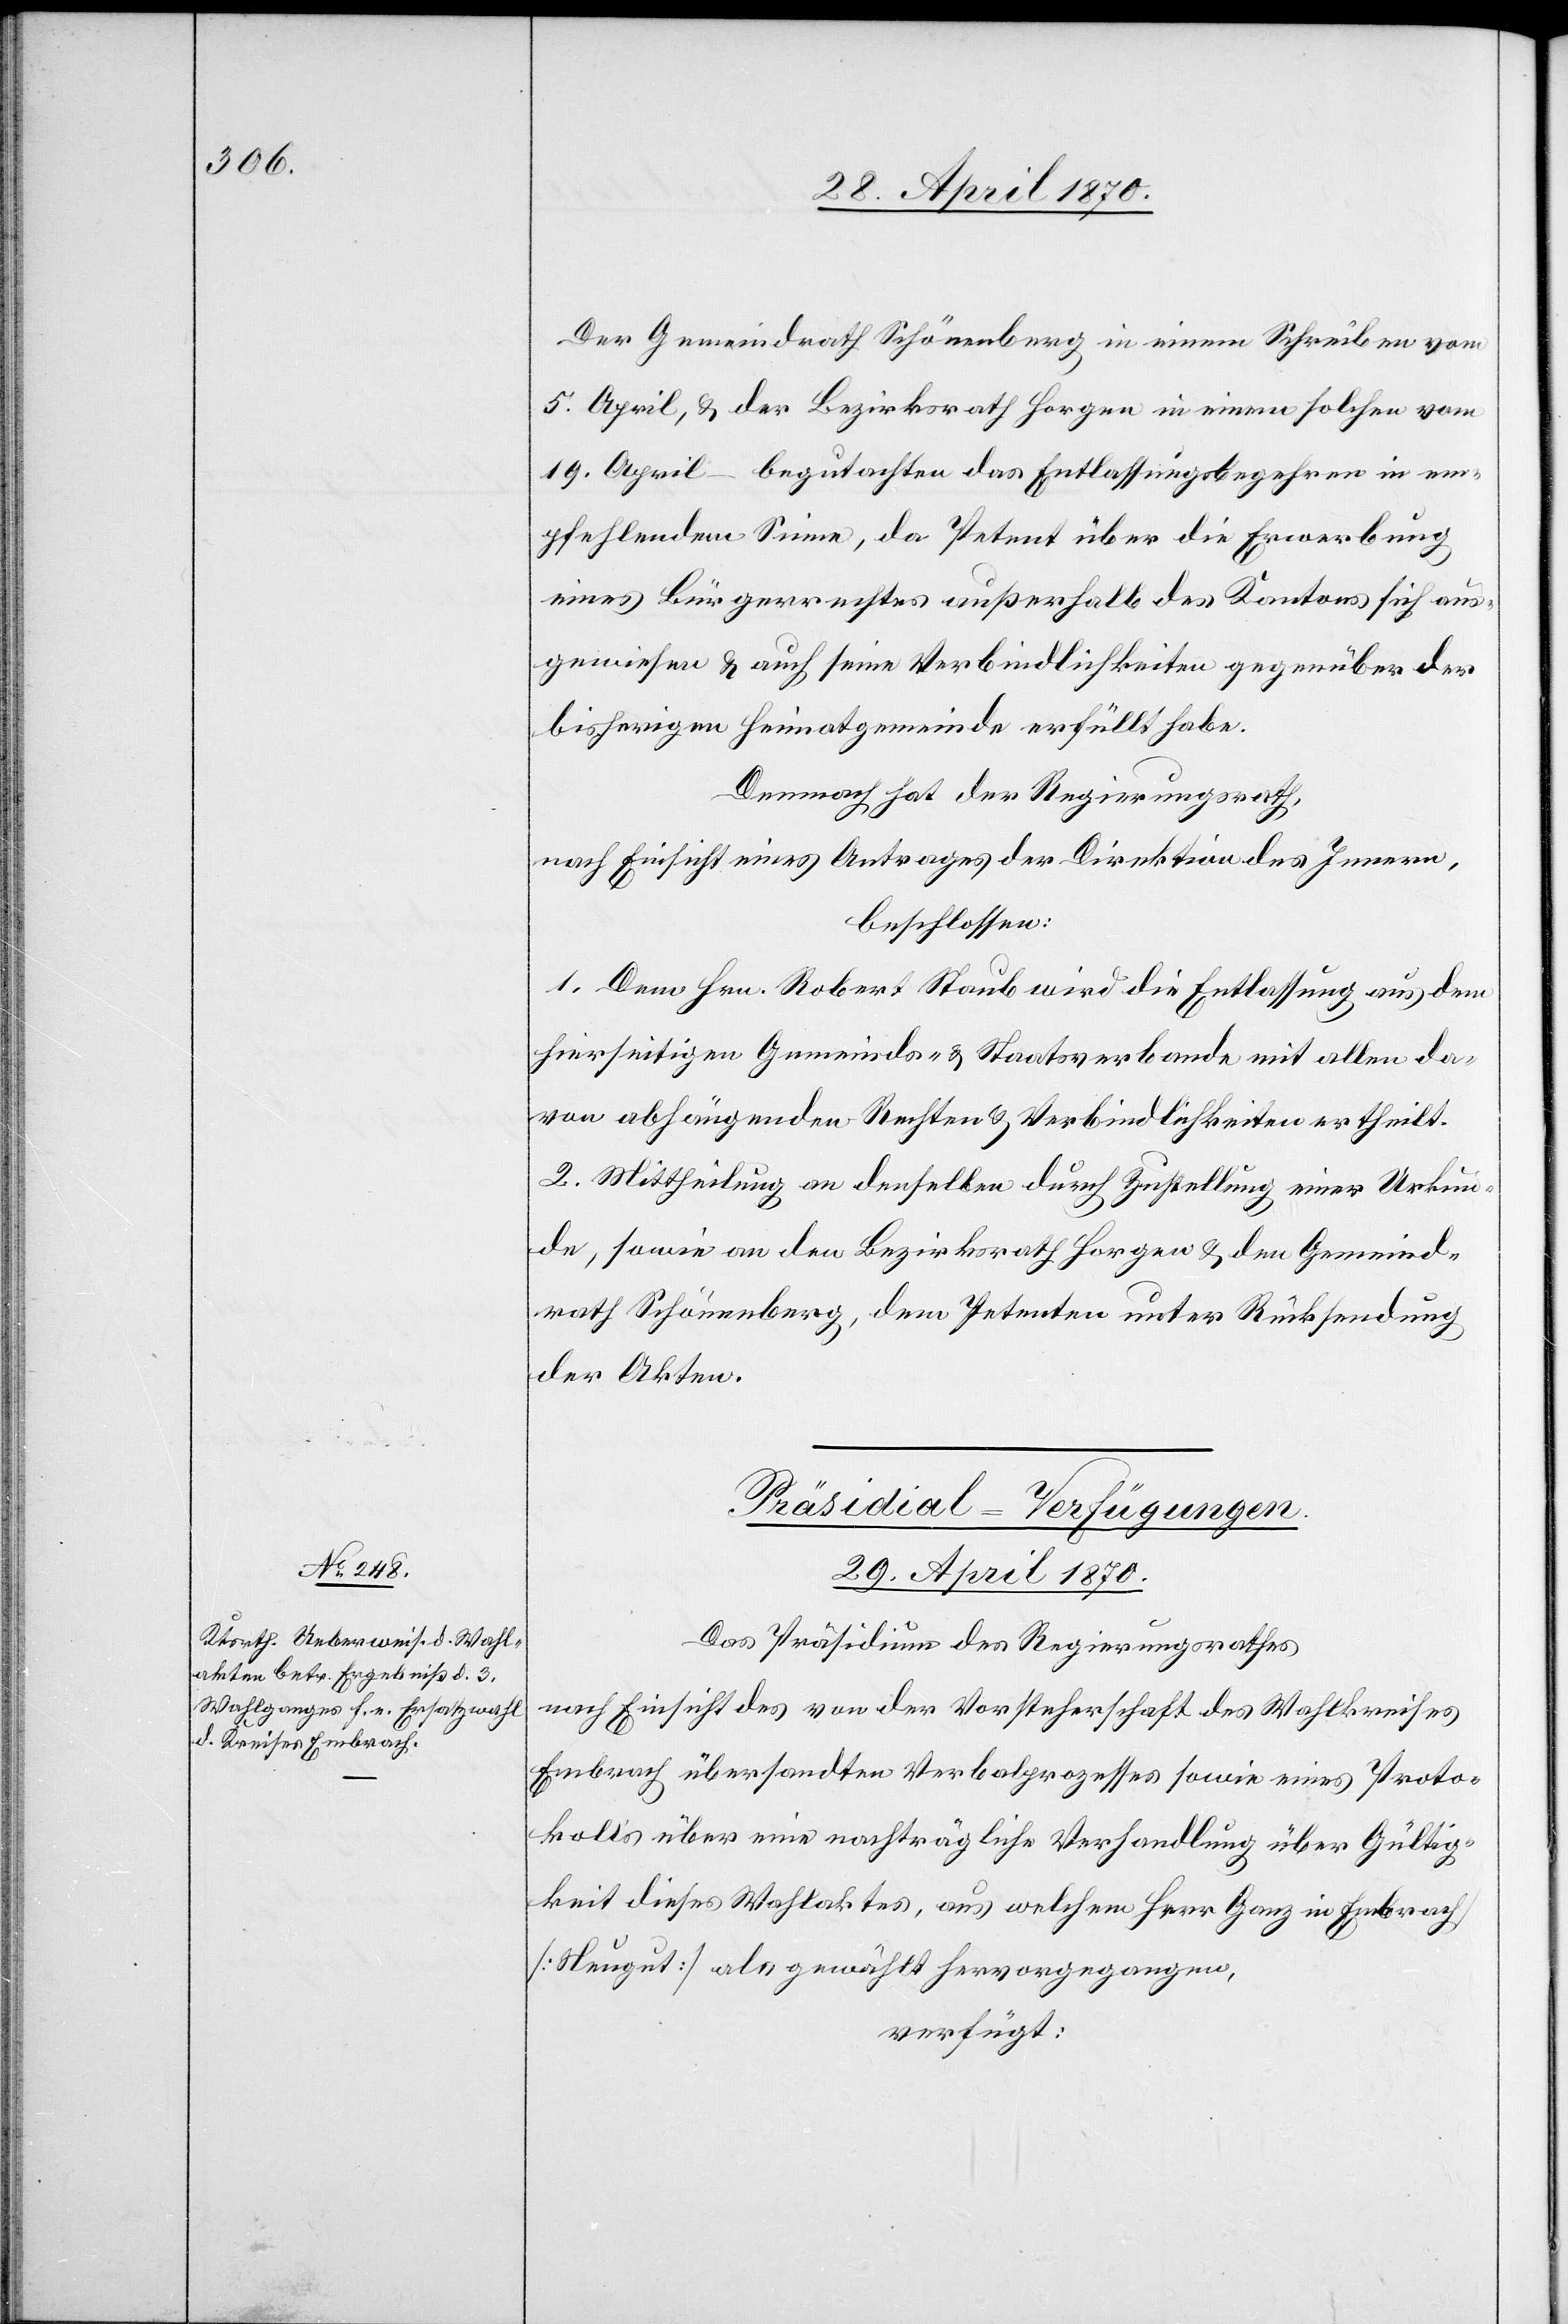
Der Gemeindrath Schönenberg in einem Schreiben vom
5. April, & der Bezirksrath Horgen in einem solchen vom
19. April – begutachten das Entlassungsbegehren in em¬
pfehlendem Sinne, da Petent über die Erwerbung
eines Bürgerrechtes außerhalb des Kantons sich aus¬
gewiesen & auch seine Verbindlichkeiten gegenüber der
bisherigen Heimatgemeinde erfüllt habe.
Demnach hat der Regierungsrath,
nach Einsicht eines Antrages der Direktion des Innern,
beschlossen:
1. Dem Hrn. Robert Staub wird die Entlassung aus dem
hierseitigen Gemeinds- & Staatsverbande mit allen da¬
von abhängenden Rechten & Verbindlichkeiten ertheilt.
2. Mittheilung an denselben durch Zustellung einer Urkun¬
de, sowie an den Bezirksrath Horgen & den Gemeind¬
rath Schönenberg, dem Petenten unter Rücksendung
der Akten.
Präsidial-Verfügungen.
29. April 1870.
Das Präsidium des Regierungsrathes
nach Einsicht des von der Vorsteherschaft des Wahlkreises
Embrach übersandten Verbalprozesses sowie eines Proto¬
kolls über eine nachträgliche Verhandlung über Gültig¬
keit dieses Wahlaktes, aus welchem Herr Ganz in Embrach
[Neugut] als gewählt hervorgegangen,
verfügt: